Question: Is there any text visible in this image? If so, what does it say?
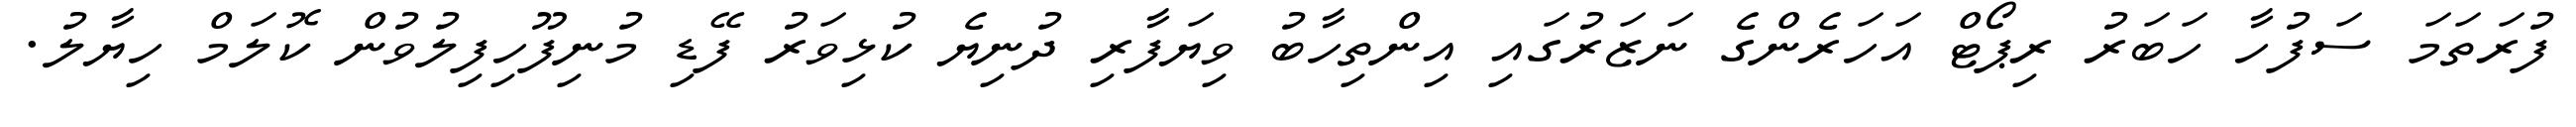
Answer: ފުރަތަމަ ސަފުހާ ހަބަރު ރިޕޯޓް އަހަރެންގެ ނަޒަރުގައި އިންތިހާބު ވިޔަފާރި ދުނިޔެ ކުޅިވަރު ފޭޑި މުނިފޫހިފިލުވުން ކޮލަމް ހިޔާލު.